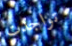
تواجدت